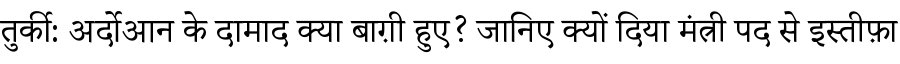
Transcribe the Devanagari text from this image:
तुर्की: अर्दोआन के दामाद क्या बाग़ी हुए? जानिए क्यों दिया मंत्री पद से इस्तीफ़ा